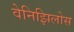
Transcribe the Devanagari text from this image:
वेनिझिलोस